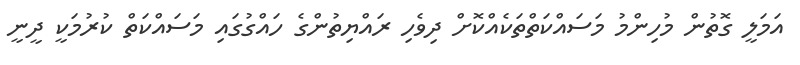
އަމަލީ ގޮތުން މުހިންމު މަސައްކަތްތަކެއްކޮށް ދިވެހި ރައްޔިތުންގެ ހައްގުގައި މަސައްކަތް ކުރުމަކީ ދީނީ